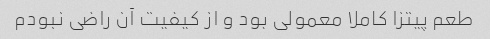
طعم پیتزا کاملا معمولی بود و از کیفیت آن راضی نبودم